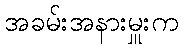
အခမ်းအနားမှူးက